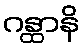
ဂန္ထာနိ